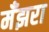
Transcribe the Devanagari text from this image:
मँझरा